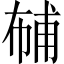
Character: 𱜮